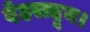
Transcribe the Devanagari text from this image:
देहरादून।